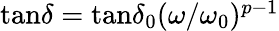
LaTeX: \begin{array}{r}{\tan\! \delta={\tan\! \delta}_{0}(\omega/\omega_{0})^{p-1}}\end{array}